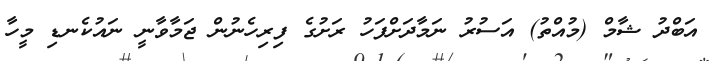
އަބްދު ޝާމް (މުއްތު) އަސުރު ނަމާދަށްފަހު ރަށުގެ ފިރިހެނުން ޖަމާވާނީ ނައުކެނޑި މީހާ